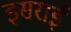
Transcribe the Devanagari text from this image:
इसराई